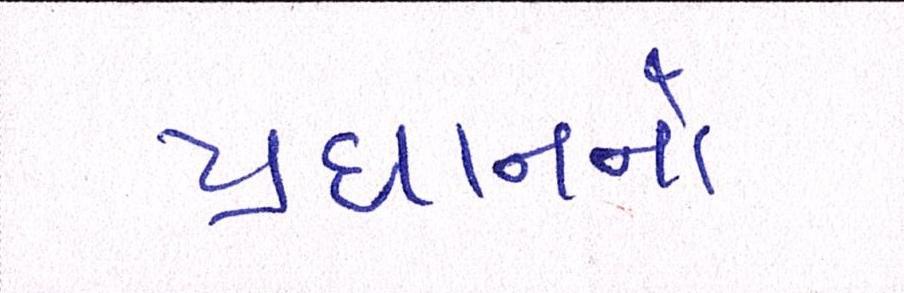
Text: પ્રધાનનો